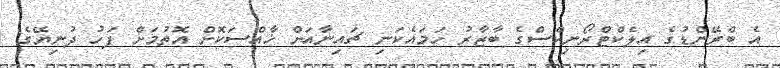
އެ ބްރޭންޑުގެ އިލެކްޓްރޯނިކްސްގެ ބާޒާރު ހަމައެކަނި ޗައިނާއަށް ޚާއްސަކޮށް އޮތުމަށް ފަހު ދުނިޔޭގެ